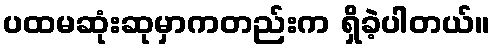
ပထမဆုံးဆုမှာကတည်းက ရှိခဲ့ပါတယ်။